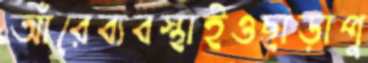
আঁরেব্যবস্থাইওছাড়াপু